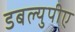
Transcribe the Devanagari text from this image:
डबल्युपीए